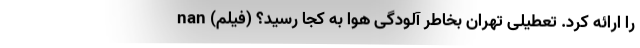
را ارائه کرد. تعطیلی تهران بخاطر آلودگی هوا به کجا رسید؟ (فیلم) nan